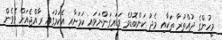
މީހުންގެ ދުއްތުރާ ތަކާއި މެދު ކަންބޮޑުވެ ވަޑައިގަންނަވައި ކަމަށާއި އެކަމުގައި ރާއްޖެއަށް ވެވެން